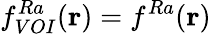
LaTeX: f_{VOI}^{Ra}(\mathbf{r})=f^{Ra}(\mathbf{r})